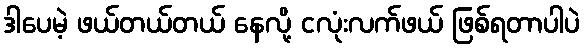
ဒါပေမဲ့ ဖယ်တယ်တယ် နေလို့ ငလုံးလက်ဖယ် ဖြစ်ရတာပါပဲ